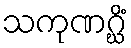
သကုဏဂ္ဃိံ